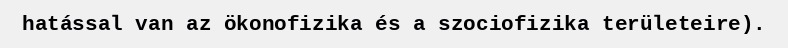
hatással van az ökonofizika és a szociofizika területeire).